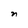
Character: n